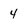
Character: 4